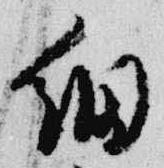
細